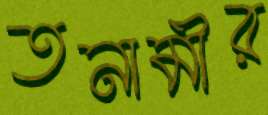
তনামীর